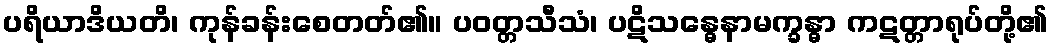
ပရိယာဒိယတိ၊ ကုန်ခန်းစေတတ်၏။ ပဝတ္တသီသံ၊ ပဋိသန္ဓေနာမက္ခန္ဓာ ကဋတ္တာရုပ်တို့၏